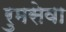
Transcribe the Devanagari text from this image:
रुमसेवा